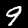
Digit: 9